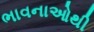
ભાવનાઓથી